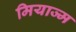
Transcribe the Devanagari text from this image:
मियाज्म